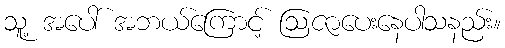
သူ့ အပေါ် အဘယ်ကြောင့် ဩဇာပေးနေပါသနည်း။